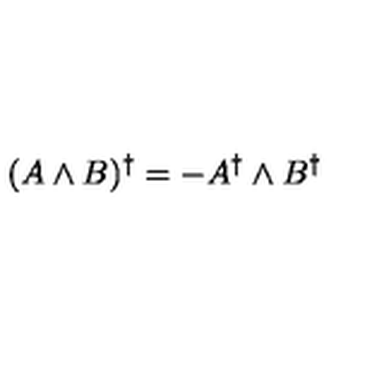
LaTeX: ( A \wedge B ) ^ { \dagger } = - A ^ { \dagger } \wedge B ^ { \dagger }